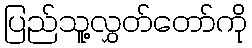
ပြည်သူ့လွှတ်တော်ကို